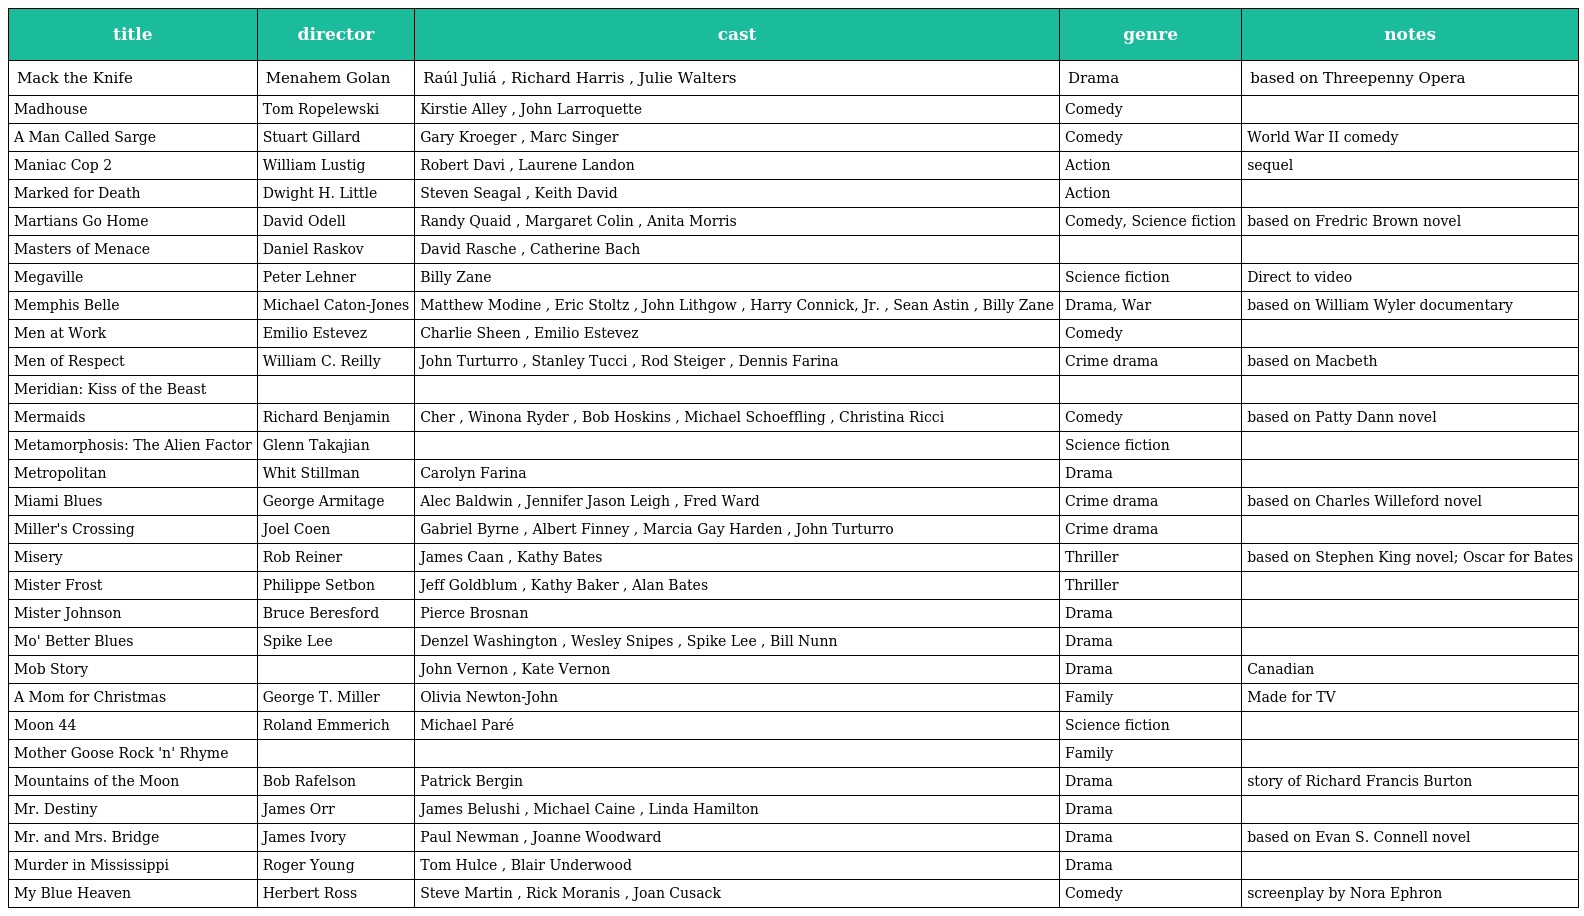
| title | director | cast | genre | notes |
 | --- | --- | --- | --- | --- |
 | Mack the Knife | Menahem Golan | Raúl Juliá , Richard Harris , Julie Walters | Drama | based on Threepenny Opera |
 | Madhouse | Tom Ropelewski | Kirstie Alley , John Larroquette | Comedy |  |
 | A Man Called Sarge | Stuart Gillard | Gary Kroeger , Marc Singer | Comedy | World War II comedy |
 | Maniac Cop 2 | William Lustig | Robert Davi , Laurene Landon | Action | sequel |
 | Marked for Death | Dwight H. Little | Steven Seagal , Keith David | Action |  |
 | Martians Go Home | David Odell | Randy Quaid , Margaret Colin , Anita Morris | Comedy, Science fiction | based on Fredric Brown novel |
 | Masters of Menace | Daniel Raskov | David Rasche , Catherine Bach |  |  |
 | Megaville | Peter Lehner | Billy Zane | Science fiction | Direct to video |
 | Memphis Belle | Michael Caton-Jones | Matthew Modine , Eric Stoltz , John Lithgow , Harry Connick, Jr. , Sean Astin , Billy Zane | Drama, War | based on William Wyler documentary |
 | Men at Work | Emilio Estevez | Charlie Sheen , Emilio Estevez | Comedy |  |
 | Men of Respect | William C. Reilly | John Turturro , Stanley Tucci , Rod Steiger , Dennis Farina | Crime drama | based on Macbeth |
 | Meridian: Kiss of the Beast |  |  |  |  |
 | Mermaids | Richard Benjamin | Cher , Winona Ryder , Bob Hoskins , Michael Schoeffling , Christina Ricci | Comedy | based on Patty Dann novel |
 | Metamorphosis: The Alien Factor | Glenn Takajian |  | Science fiction |  |
 | Metropolitan | Whit Stillman | Carolyn Farina | Drama |  |
 | Miami Blues | George Armitage | Alec Baldwin , Jennifer Jason Leigh , Fred Ward | Crime drama | based on Charles Willeford novel |
 | Miller's Crossing | Joel Coen | Gabriel Byrne , Albert Finney , Marcia Gay Harden , John Turturro | Crime drama |  |
 | Misery | Rob Reiner | James Caan , Kathy Bates | Thriller | based on Stephen King novel; Oscar for Bates |
 | Mister Frost | Philippe Setbon | Jeff Goldblum , Kathy Baker , Alan Bates | Thriller |  |
 | Mister Johnson | Bruce Beresford | Pierce Brosnan | Drama |  |
 | Mo' Better Blues | Spike Lee | Denzel Washington , Wesley Snipes , Spike Lee , Bill Nunn | Drama |  |
 | Mob Story |  | John Vernon , Kate Vernon | Drama | Canadian |
 | A Mom for Christmas | George T. Miller | Olivia Newton-John | Family | Made for TV |
 | Moon 44 | Roland Emmerich | Michael Paré | Science fiction |  |
 | Mother Goose Rock 'n' Rhyme |  |  | Family |  |
 | Mountains of the Moon | Bob Rafelson | Patrick Bergin | Drama | story of Richard Francis Burton |
 | Mr. Destiny | James Orr | James Belushi , Michael Caine , Linda Hamilton | Drama |  |
 | Mr. and Mrs. Bridge | James Ivory | Paul Newman , Joanne Woodward | Drama | based on Evan S. Connell novel |
 | Murder in Mississippi | Roger Young | Tom Hulce , Blair Underwood | Drama |  |
 | My Blue Heaven | Herbert Ross | Steve Martin , Rick Moranis , Joan Cusack | Comedy | screenplay by Nora Ephron |